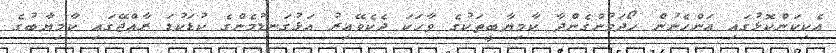
އެކިކަންކޮޅުގައި އަންހެނުން ހޯދަމުންގެންދާ ކާމިޔާބީތަކުގެ ވާހަކަ ދެކެވޭއިރު އަޅުގަނޑުމެންގެ ކުޑަކުޑަ ރާއްޖޭގައި ކާމިޔާބުގެ